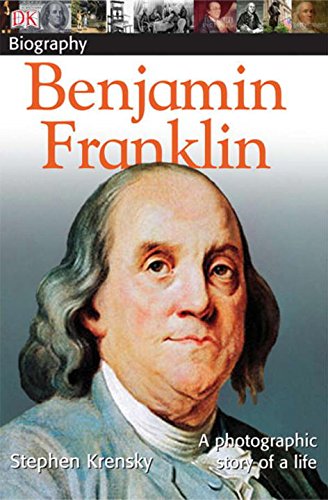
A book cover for DK Biography: Benjamin Franklin; DK Publishing; Children's Books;